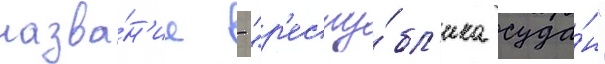
назва́н'ие - "р'еспу́бл'ика суда́н"